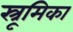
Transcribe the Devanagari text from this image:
स्त्रूमिका